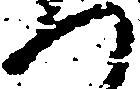
つ